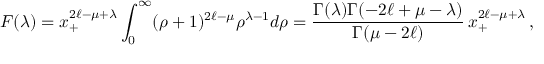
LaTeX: F ( \lambda ) = x _ { + } ^ { 2 \ell - \mu + \lambda } \int _ { 0 } ^ { \infty } ( \rho + 1 ) ^ { 2 \ell - \mu } \rho ^ { \lambda - 1 } d \rho = \frac { \Gamma ( \lambda ) \Gamma ( - 2 \ell + \mu - \lambda ) } { \Gamma ( \mu - 2 \ell ) } \, x _ { + } ^ { 2 \ell - \mu + \lambda } \, ,